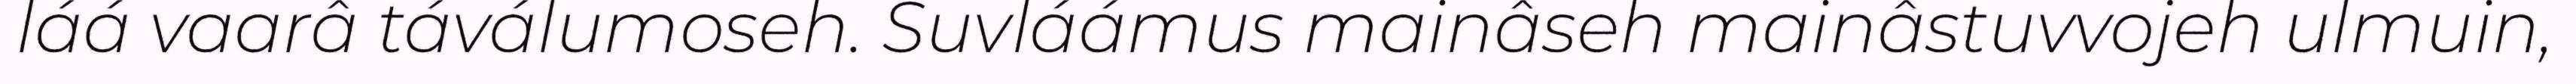
láá vaarâ táválumoseh. Suvláámus mainâseh mainâstuvvojeh ulmuin,